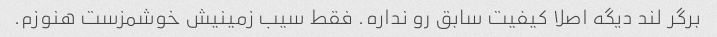
برگر لند دیگه اصلا کیفیت سابق رو نداره. فقط سیب زمینیش خوشمزست هنوزم.